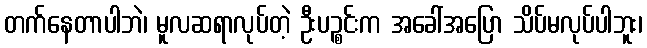
တက်နေတာပါဘဲ၊ မူလဆရာလုပ်တဲ့ ဦးပဉ္စင်းက အခေါ်အပြော သိပ်မလုပ်ပါဘူး၊